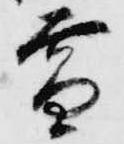
雪